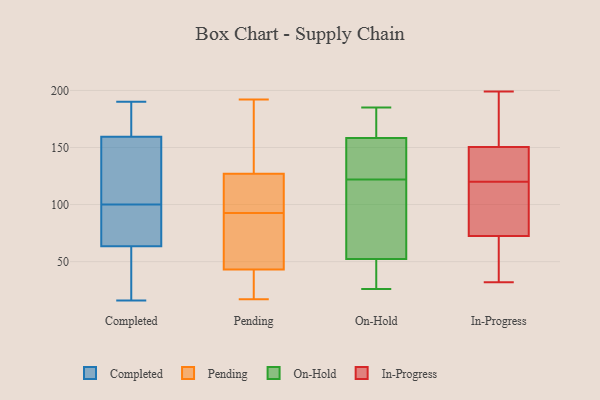
{"axis": {"x": "LTV (USD)", "y": "Value"}, "legend": ["Completed", "In-Progress", "On-Hold", "Pending"], "data": [{"x": "", "y": 45, "type": "Completed"}, {"x": "", "y": 94, "type": "Completed"}, {"x": "", "y": 190, "type": "Completed"}, {"x": "", "y": 82, "type": "Completed"}, {"x": "", "y": 147, "type": "Completed"}, {"x": "", "y": 41, "type": "Completed"}, {"x": "", "y": 172, "type": "Completed"}, {"x": "", "y": 16, "type": "Completed"}, {"x": "", "y": 106, "type": "Completed"}, {"x": "", "y": 186, "type": "Completed"}, {"x": "", "y": 93, "type": "Completed"}, {"x": "", "y": 137, "type": "Completed"}, {"x": "", "y": 79, "type": "Pending"}, {"x": "", "y": 35, "type": "Pending"}, {"x": "", "y": 127, "type": "Pending"}, {"x": "", "y": 17, "type": "Pending"}, {"x": "", "y": 101, "type": "Pending"}, {"x": "", "y": 171, "type": "Pending"}, {"x": "", "y": 43, "type": "Pending"}, {"x": "", "y": 192, "type": "Pending"}, {"x": "", "y": 116, "type": "Pending"}, {"x": "", "y": 31, "type": "Pending"}, {"x": "", "y": 192, "type": "Pending"}, {"x": "", "y": 84, "type": "Pending"}, {"x": "", "y": 119, "type": "Pending"}, {"x": "", "y": 51, "type": "Pending"}, {"x": "", "y": 142, "type": "On-Hold"}, {"x": "", "y": 169, "type": "On-Hold"}, {"x": "", "y": 185, "type": "On-Hold"}, {"x": "", "y": 49, "type": "On-Hold"}, {"x": "", "y": 89, "type": "On-Hold"}, {"x": "", "y": 62, "type": "On-Hold"}, {"x": "", "y": 153, "type": "On-Hold"}, {"x": "", "y": 174, "type": "On-Hold"}, {"x": "", "y": 83, "type": "On-Hold"}, {"x": "", "y": 122, "type": "On-Hold"}, {"x": "", "y": 26, "type": "On-Hold"}, {"x": "", "y": 45, "type": "On-Hold"}, {"x": "", "y": 160, "type": "On-Hold"}, {"x": "", "y": 26, "type": "On-Hold"}, {"x": "", "y": 137, "type": "On-Hold"}, {"x": "", "y": 66, "type": "In-Progress"}, {"x": "", "y": 71, "type": "In-Progress"}, {"x": "", "y": 94, "type": "In-Progress"}, {"x": "", "y": 199, "type": "In-Progress"}, {"x": "", "y": 120, "type": "In-Progress"}, {"x": "", "y": 120, "type": "In-Progress"}, {"x": "", "y": 124, "type": "In-Progress"}, {"x": "", "y": 32, "type": "In-Progress"}, {"x": "", "y": 166, "type": "In-Progress"}, {"x": "", "y": 74, "type": "In-Progress"}, {"x": "", "y": 143, "type": "In-Progress"}, {"x": "", "y": 158, "type": "In-Progress"}]}